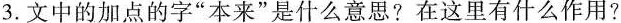
3.文中的加点的字”本来”是什么意思?在这里有什么作用?